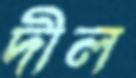
দীল